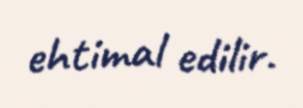
ehtimal edilir.